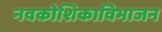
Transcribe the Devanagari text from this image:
नवकोशिकाविभाजन